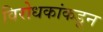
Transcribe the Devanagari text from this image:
विरोधकांकडून